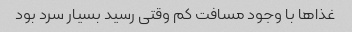
غذاها با وجود مسافت کم وقتی رسید بسیار سرد بود